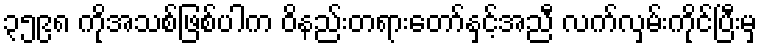
၃၅၉၈ ကိုအသစ်ဖြစ်ပါက ဝိနည်းတရားတော်နှင့်အညီ လက်လှမ်းကိုင်ပြီးမှ